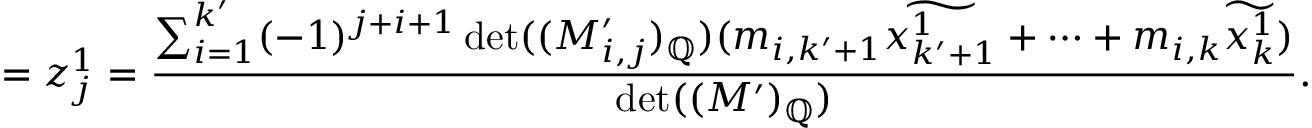
= z _ { j } ^ { 1 } = \frac { \sum _ { i = 1 } ^ { k ^ { \prime } } ( - 1 ) ^ { j + i + 1 } \operatorname* { d e t } ( ( M _ { i , j } ^ { \prime } ) _ { \mathbb { Q } } ) ( m _ { i , k ^ { \prime } + 1 } \widetilde { x _ { k ^ { \prime } + 1 } ^ { 1 } } + \dots + m _ { i , k } \widetilde { x _ { k } ^ { 1 } } ) } { \operatorname* { d e t } ( ( M ^ { \prime } ) _ { \mathbb { Q } } ) } .